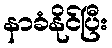
နာခံနိုင်ပြီး